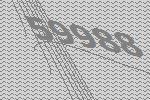
59988